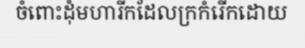
ចំពោះដុំមហារីកដែលក្រកំរើកដោយ